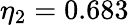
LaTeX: \eta_{2}=0.683